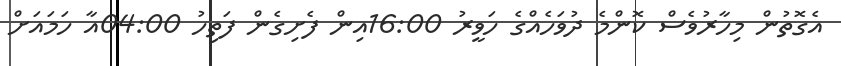
އެގޮތުން މިހާރުވެސް ކޮންމެ ދުވަހެއްގެ ހަވީރު 16:00އިން ފެށިގެން ފަތިހު 04:00އާ ހަމައަށް